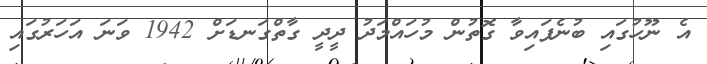
އެ ނޫހުގައި ބުނެފައިވާ ގޮތުން މުހައްމަދު ދީދީ ގާތްގަނޑަށް 1942 ވަނަ އަހަރުގައި